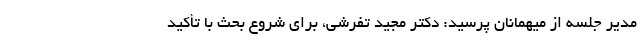
مدیر جلسه از میهمانان پرسید: دکتر مجید تفرشی، برای شروع بحث با تأکید